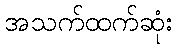
အသက်ထက်ဆုံး